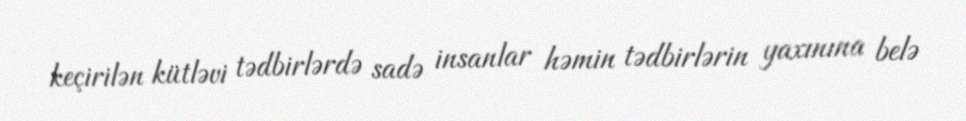
keçirilən kütləvi tədbirlərdə sadə insanlar həmin tədbirlərin yaxınına belə